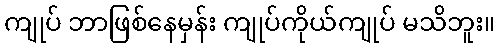
ကျုပ် ဘာဖြစ်နေမှန်း ကျုပ်ကိုယ်ကျုပ် မသိဘူး။